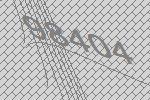
98404